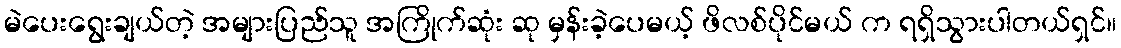
မဲပေးရွေးချယ်တဲ့ အများပြည်သူ အကြိုက်ဆုံး ဆု မှန်းခဲ့ပေမယ့် ဖိလစ်ပိုင်မယ် က ရရှိသွားပါတယ်ရှင်။